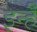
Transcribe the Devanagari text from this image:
इन्हैँ